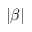
| \beta |